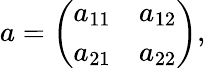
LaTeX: a=\left(\begin{array}{cc}{{a_{11}}}&{{a_{12}}}\\ {{a_{21}}}&{{a_{22}}}\end{array}\right),